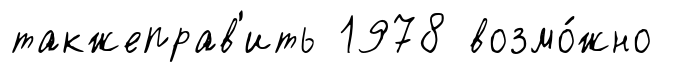
такжеправ'ить 1978 возмо́жно